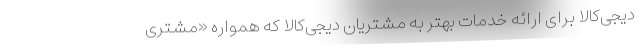
دیجی‌کالا برای ارائه خدمات بهتر به مشتریان دیجی‌کالا که همواره «مشتری